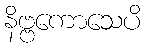
နိဗ္ဗကောသေပိ